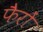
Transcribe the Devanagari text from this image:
फैरों